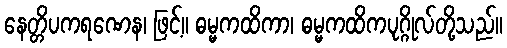
နေတ္တိပကရဏေန၊ ဖြင့်။ ဓမ္မကထိကာ၊ ဓမ္မကထိကပုဂ္ဂိုလ်တို့သည်။